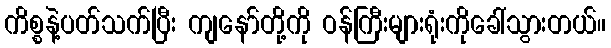
ကိစ္စနဲ့ပတ်သက်ပြီး ကျနော်တို့ကို ဝန်ကြီးများရုံးကိုခေါ်သွားတယ်။